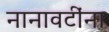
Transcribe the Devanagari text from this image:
नानावटींना